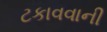
ટકાવવાની